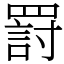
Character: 罸